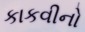
કાકવીનો